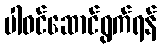
ပါဝင်ဆောင်ရွက်ရန်